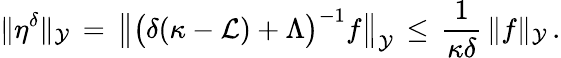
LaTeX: \| \eta^{\delta}\| _{\mathcal{Y}}\, =\, \bigl\| \bigl(\delta(\kappa-\mathcal{L})+\Lambda\bigr)^{-1}f\bigr\| _{\mathcal{Y}}\, \le\, \frac{1}{\kappa\delta}\, \| f\| _{\mathcal{Y}}\, .